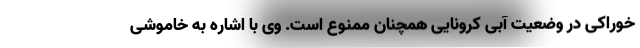
خوراکی در وضعیت آبی کرونایی همچنان ممنوع است. وی با اشاره به خاموشی